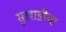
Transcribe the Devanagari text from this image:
सुखाडीया